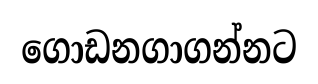
ගොඩනගාගන්නට